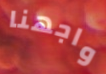
واجهنا